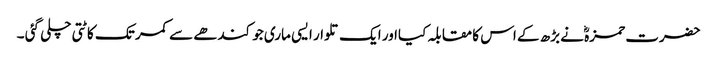
حضرت حمزہؓ نے بڑھ کے اس کا مقابلہ کیااور ایک تلوار ایسی ماری جو کندھے سے کمر تک کاٹتی چلی گئی ۔